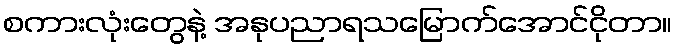
စကားလုံးတွေနဲ့ အနုပညာရသမြောက်အောင်ငိုတာ။